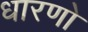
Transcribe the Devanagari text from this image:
धारणो